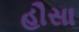
હૌસા